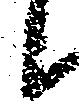
候